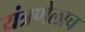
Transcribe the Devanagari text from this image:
यंत्रणेलाच